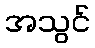
အသွင်